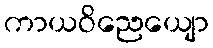
ကာယဝိညေယျော